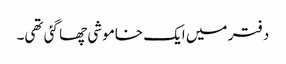
دفتر میں ایک خاموشی چھا گئی تھی۔